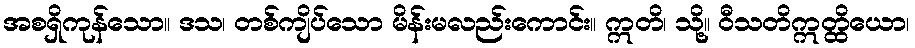
အစရှိကုန်သော။ ဒသ၊ တစ်ကျိပ်သော မိန်းမလည်းကောင်း။ ဣတိ၊ သို့။ ဝီသတိဣတ္ထိယော၊